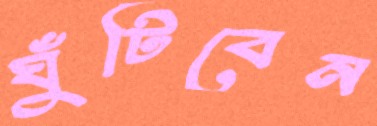
ঘুঁটিবেন